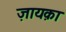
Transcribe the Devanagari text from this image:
ज़ायक़ा